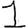
Digit: 1